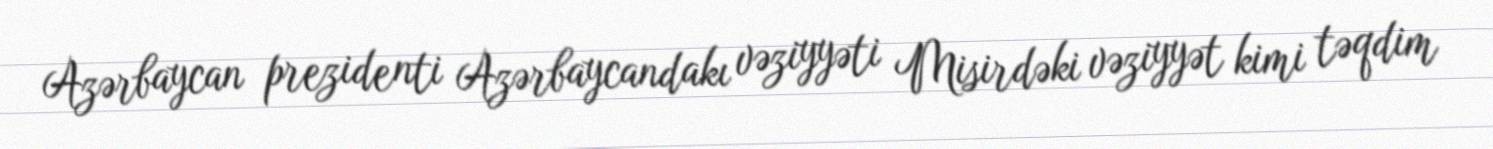
Azərbaycan prezidenti Azərbaycandakı vəziyyəti Misirdəki vəziyyət kimi təqdim